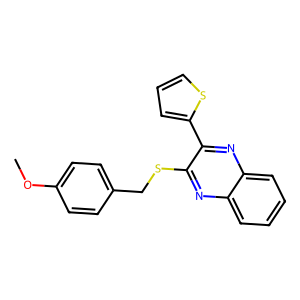
SMILES: COc1ccc(CSc2nc3ccccc3nc2-c2cccs2)cc1
Inhibits HIV replication: No